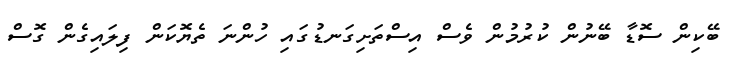
ބޭކިން ސޮޑާ ބޭނުން ކުރުމުން ވެސް އިސްތަށިގަނޑުގައި ހުންނަ ތެޔޮކަން ފިލައިގެން ގޮސް